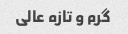
گرم و تازه عالی